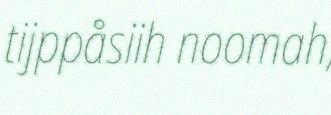
tijppåsiih noomah,